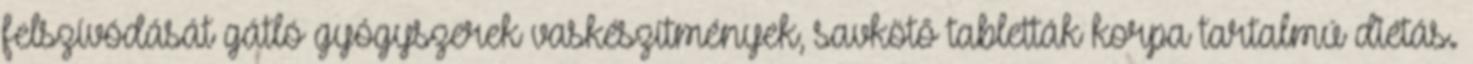
felszívódását gátló gyógyszerek vaskészítmények, savkötő tabletták korpa tartalmú diétás.